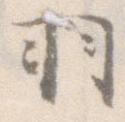
羽